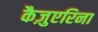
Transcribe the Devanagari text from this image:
कैज़ुएरिना